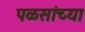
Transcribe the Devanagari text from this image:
पळसांच्या